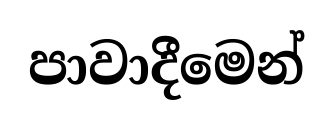
පාවාදීමෙන්